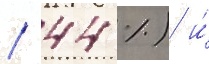
/ 44 %) и́